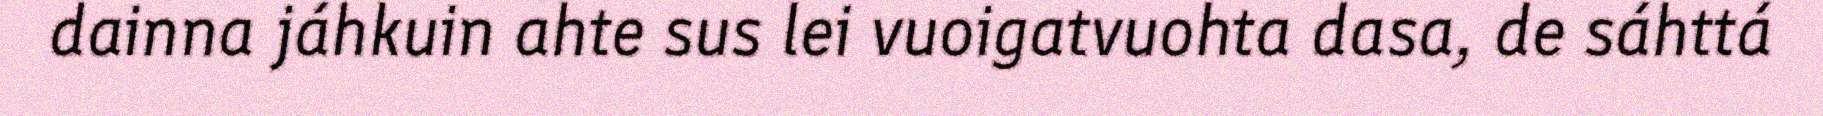
dainna jáhkuin ahte sus lei vuoigatvuohta dasa, de sáhttá